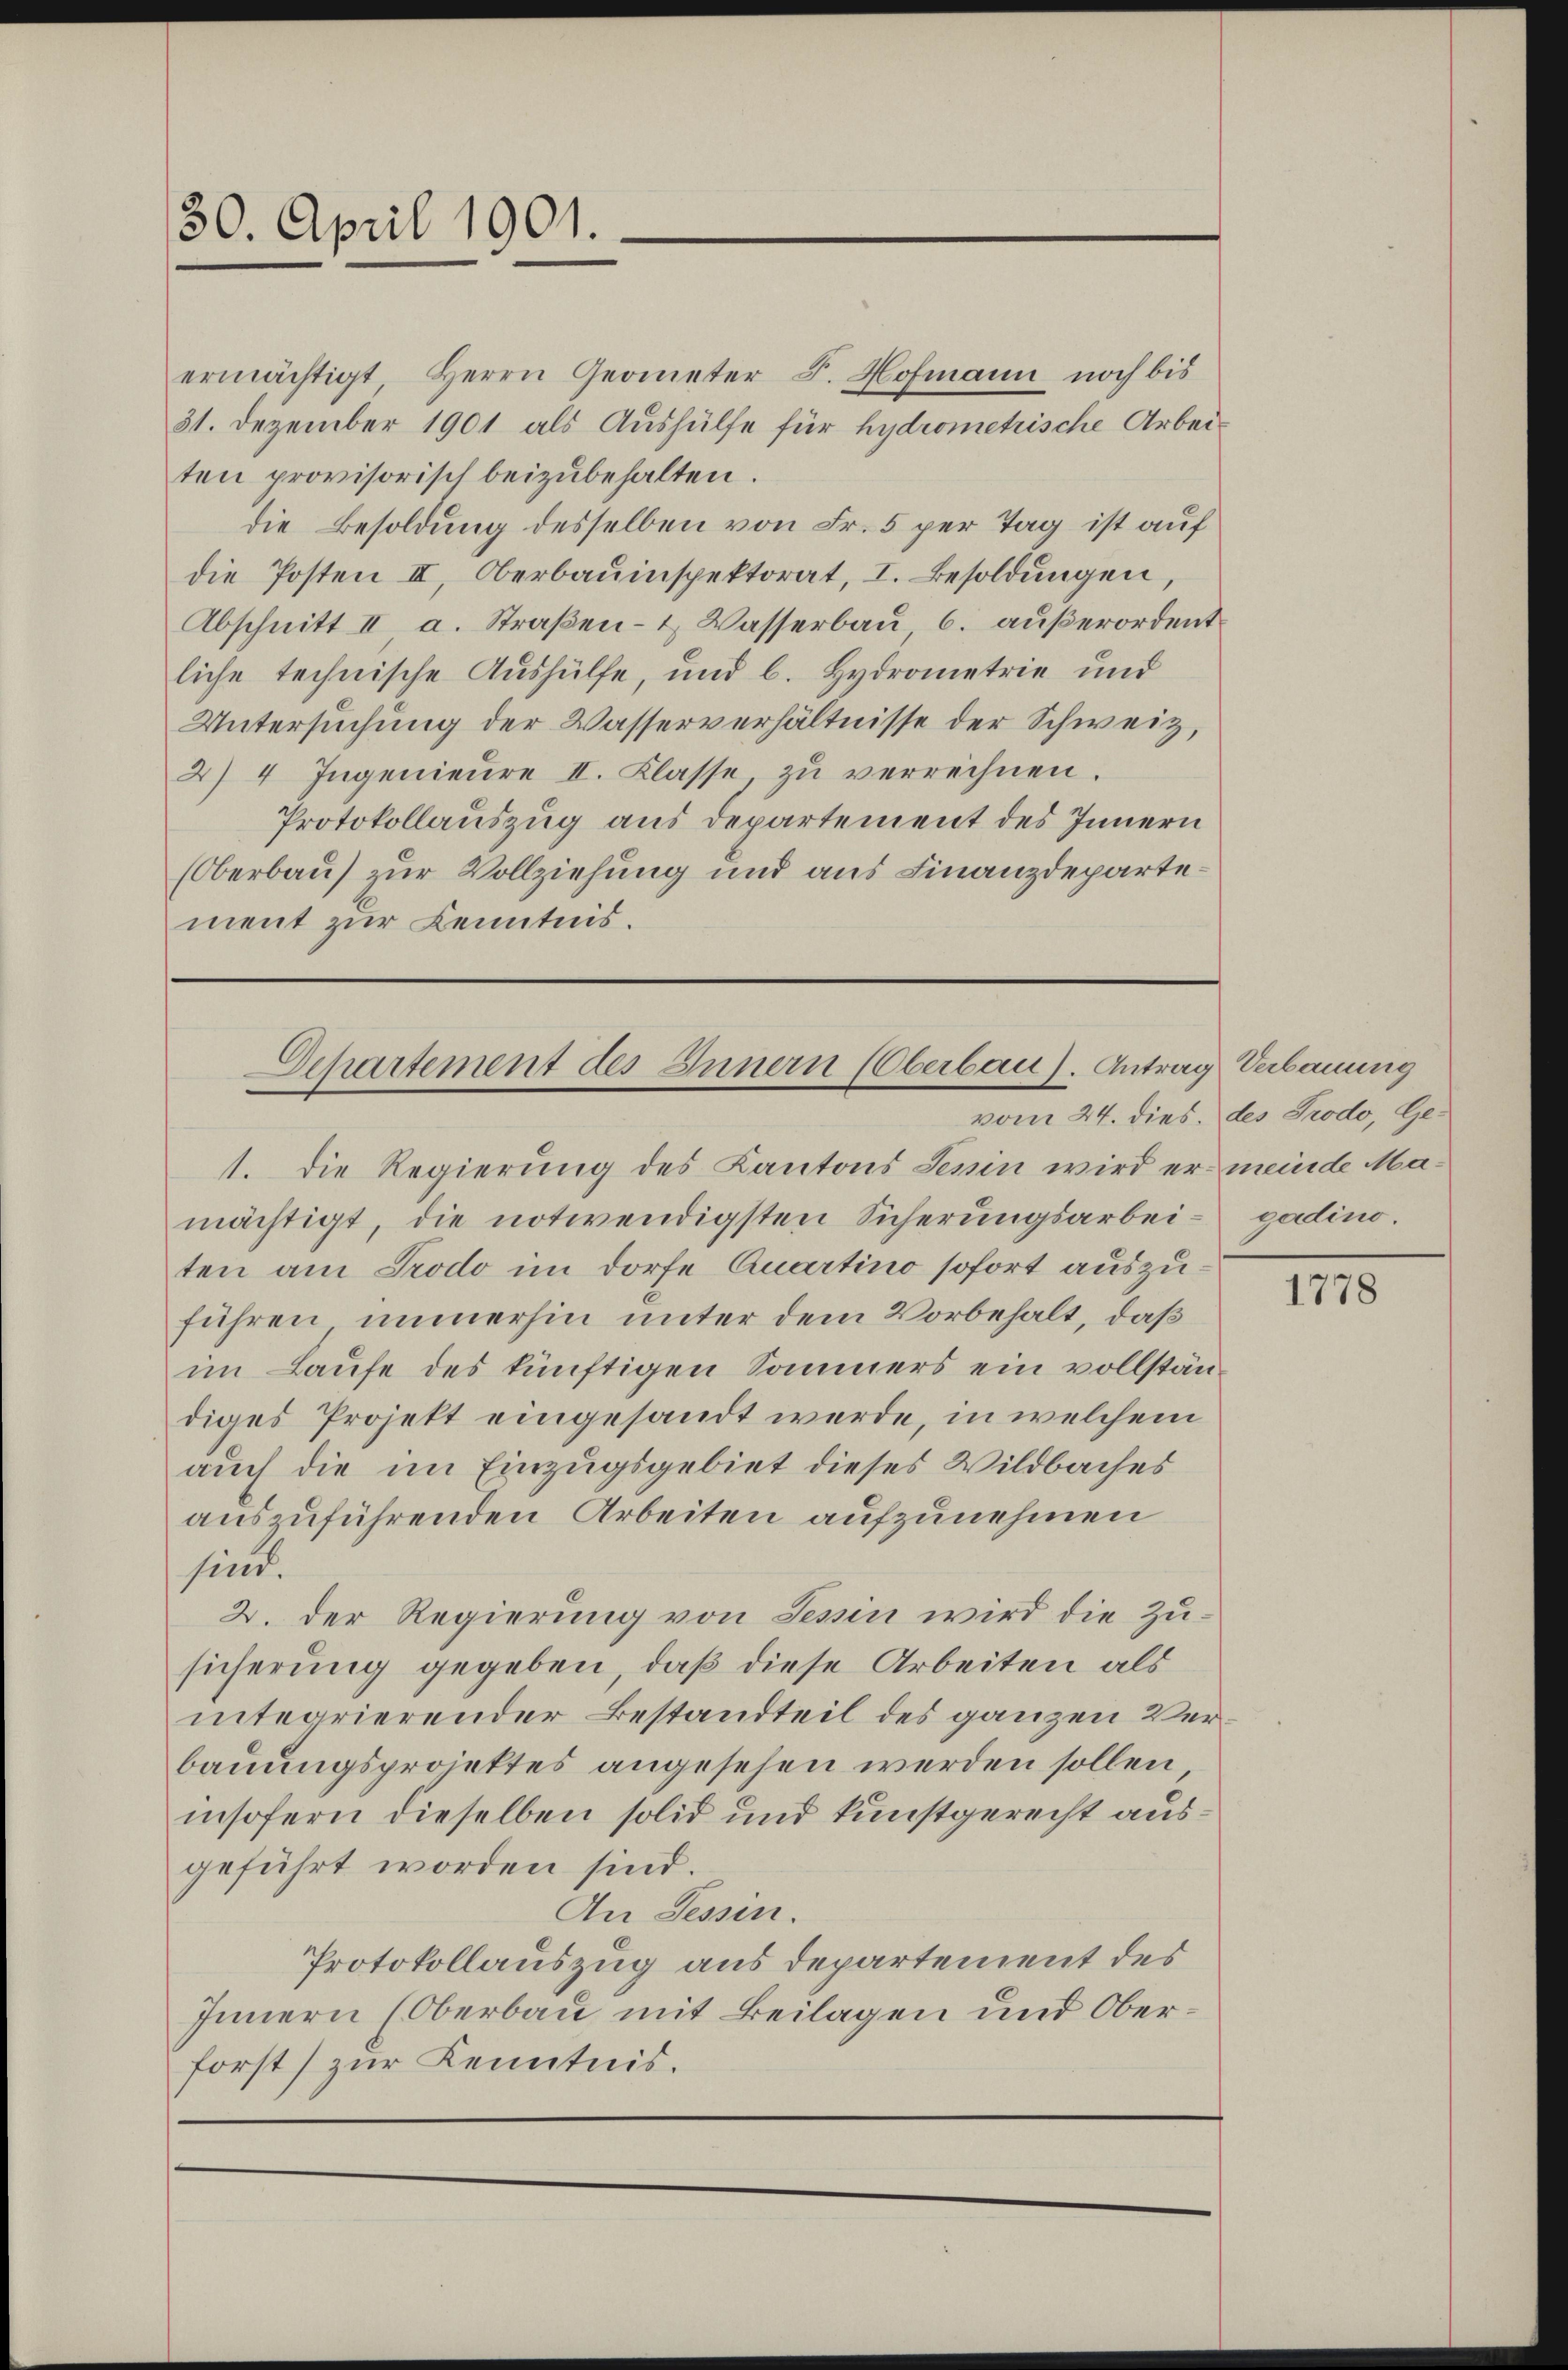
30. April 1901.

ermächtigt, Herrn Geometer F. Hofmann noch bis
31. Dezember 1901 als Aushülfe für hydrometrische Arbeiten provisorisch beizŭbehalten.
die Besoldung desselben von Fr. 5 per Tag ist auf
die Posten II. Oberbauinspektorat, I. Besoldŭngen,
Abschnitt II a. Straßen- & Wasserbau 6. außerordent
liche technische Aushülfe, und b. Hydrometrie und
Untersuchung der Wasserverhältnisse der Schweiz,
2) 4 Ingenieŭre II. Klasse, zŭ verrechnen.
Protokollauszug aus Departement des Innern
(Oberbau) zur Vollziehung und aus Finanzdepartement zur Kenntnis.

1. Die Regierung des Kantons Tessin wird er meinde Mamächtigt, die notwendigsten Sicherungsarbei- gadino
ten am Prodo im Dorfe Quartino sofort auszuführen immerhin unter dem Vorbehalt, daß
im Laufe des künftigen Sommers ein vollständiges Projekt eingesandt werde, in welchem
auch die im Einzugsgebiet dieses Wildbaches
auszuführenden Arbeiten aufzunehmen
sind.
2. Der Regierung von Sein wird die Zusicherung gegeben, daß diese Arbeiten als
integrierender Bestandteil des ganzen Verbauungsprojektes angesehen werden sollen
insofern dieselben solid und kunstgerecht ausgeführt worden sind.
An Tessin.
Protokollauszug aus departement des
Innern (Oberbau mit Beilagen und Oberforst) zŭr Kenntnis.

Departement des Innern (Oberbau). Antrag Verbauung
vom 24. dies. des Prodo, Ge¬

1778